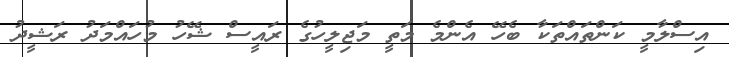
އިސްލާމީ ކަންތައްތަކާ ބެހޭ އެންމެ މަތީ މަޖިލީހުގެ ރައީސް ޝޭހު މުހައްމަދު ރަޝީދު